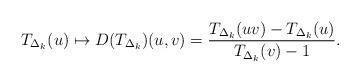
LaTeX: \begin{align*}T_{\Delta_k}(u) \mapsto D( T_{\Delta_k})(u,v) = \frac{T_{\Delta_k}(uv)- T_{\Delta_k}(u) }{T_{\Delta_k}(v) -1 }.\end{align*}